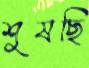
শুষছি